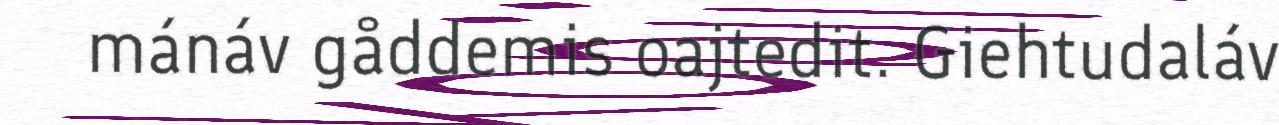
mánáv gåddemis oajtedit. Giehtudaláv